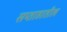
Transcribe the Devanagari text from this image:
सप्ताहातील